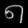
Digit: ၈